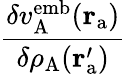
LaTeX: \frac{\delta v_{\mathrm{A}}^{\mathrm{emb}}(\mathbf{r}_{\mathrm{a}})}{\delta\rho_{\mathrm{A}}(\mathbf{r}_{\mathrm{a}}^{\prime})}